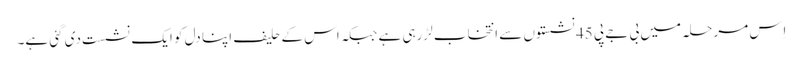
اِس مرحلہ میں بی جے پی 45 نشستوں سے انتخاب لڑرہی ہے جبکہ اس کے حلیف اپنا دل کو ایک نشست دی گئی ہے۔